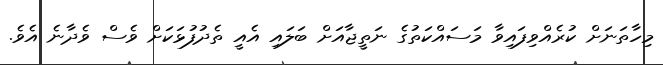
މިހާތަނަށް ކުރެއްވިފައިވާ މަސައްކަތުގެ ނަތީޖާއަށް ބަލައި އެއީ ތެދުފުޅަކަށް ވެސް ވެދާނެ އެވެ.